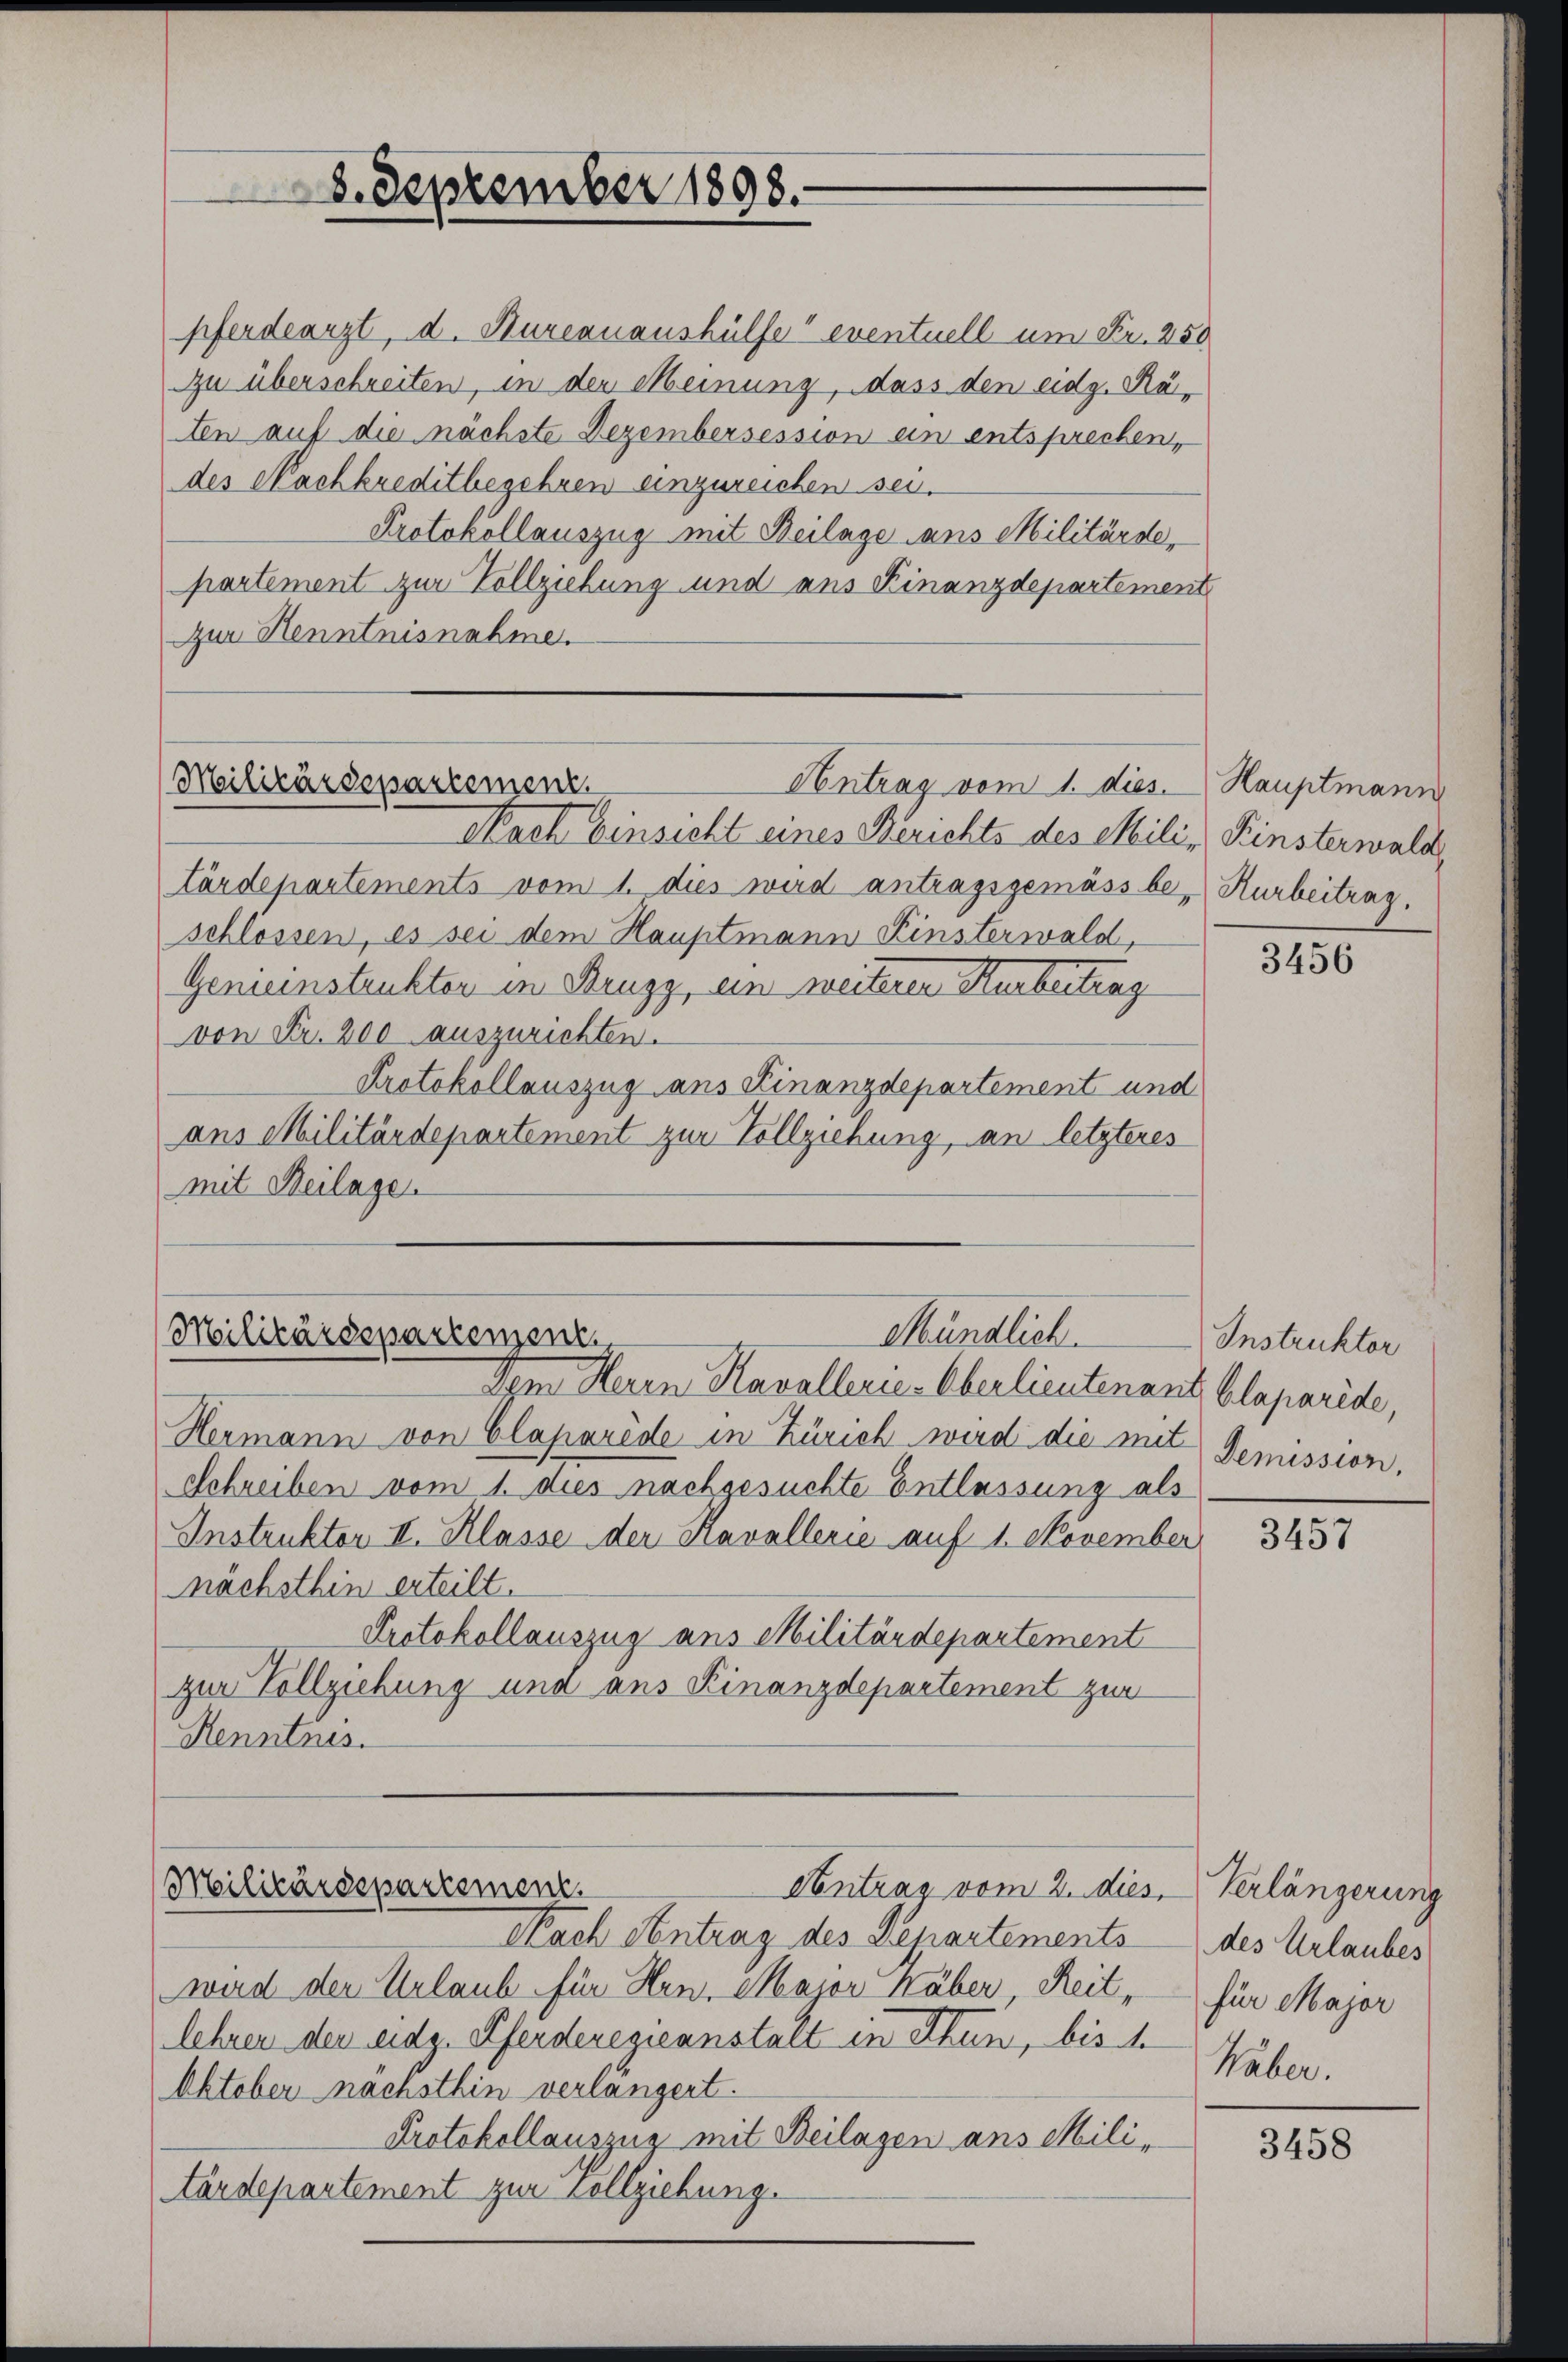
8. September 1898.

pferdearzt, d. Burcanaushülfe eventuell um Fr. 250
zu überschreiten, in den Meinung, dass den eidg. Räten auf die nächste Dezembersession ein entsprechen,
des Nachkreditbegehren einzureichen sei.
Protokollauszug mit Beilage ans Militärde,
partement zur Vollziehung und aus Kinanzdepartement
Zur Henntnisnahme.

Militärdepartement.
Antrag vom 1. dies

Mündlich.
Militärdepartenzenz
Dem Herrn Kavalleries Oberlieutenant blaparide,

Hermann von Claparède in Zürich wird die mit
Schreiben vom 1. dies nachgesuchte Entlassung als
Instruktor II. Klasse der Kavallerie auf 1. November
nächsthin erteilt.
Protokollauszug aus Militärdepartement
zur Vollziehung und aus Kinanzdepartement zur
Kenntnis.

Nach Einsicht eines Berichts des Mili, Fensterwald,
tärdepartements vom 1. dies wird antragsgemäss be- Kurbeitrag.
schlossen, es sei dem Hauptmann Finsterwald,
Genieinstrukter in Bruzz, ein weiteren Karbeitung
von Fr. 200 auszurichten.
Protokollauszug aus Finanzdepartement und
ans Militärdepartement zur Vollziehung, an letzteres
mit Beilage.

Militärdepartement
Antrag vom 2. dies

Nach Antrag des Departements
wird der Urlaub für Hrn. Major Häber, Reitlehren der eidg. Pferderegieanstalt in Thun, bis 1
Oktober nachsthin verlängert.
Protokollauszug mit Beilagen ans Militärdepartement zur Vollziehung.

Hauptmann

3456

Instruktor
Demission.

3457

Verlängerung
des Urlaubes
für Major
Häber.

3458